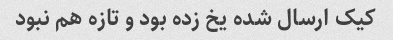
کیک ارسال شده یخ زده بود و تازه هم نبود